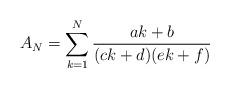
LaTeX: \begin{align*}A_N=\sum_{k=1}^{N}{\frac{ak+b}{(ck+d)(ek+f)}} \end{align*}